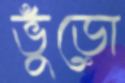
ভুঁড়ো